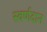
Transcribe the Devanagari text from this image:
स्वर्णदान